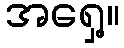
အရှေ့။